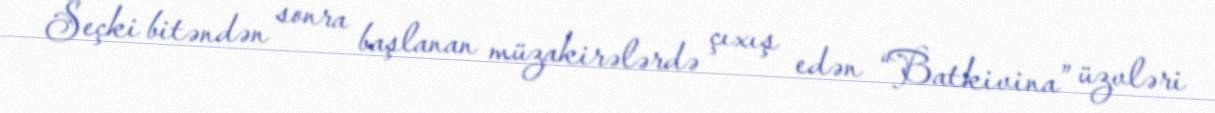
Seçki bitəndən sonra başlanan müzakirələrdə çıxış edən “Batkivina” üzvləri